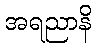
အရညာနိ